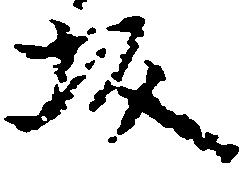
坂